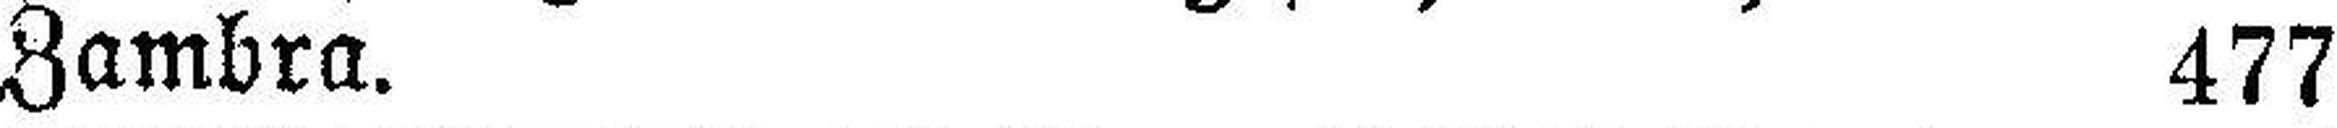
Zambra. 477